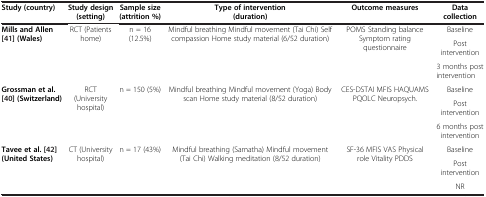
| Study (country) | Study design (setting) | Sample size (attrition %) | Type of intervention (duration) | Outcome measures | Data collection |
 | --- | --- | --- | --- | --- | --- |
 | <ROWSPAN=3> Mills and Allen [41] (Wales) | <ROWSPAN=3> RCT (Patients home) | <ROWSPAN=3> n = 16 (12.5%) | <ROWSPAN=3> Mindful breathing Mindful movement (Tai Chi) Self compassion Home study material (6/52 duration) | <ROWSPAN=3> POMS Standing balance Symptom rating questionnaire | Baseline |
 | Post intervention |
 | 3 months post intervention |
 | <ROWSPAN=3> Grossman et al. [40] (Switzerland) | <ROWSPAN=3> RCT (University hospital) | <ROWSPAN=3> n = 150 (5%) | <ROWSPAN=3> Mindful breathing Mindful movement (Yoga) Body scan Home study material (8/52 duration) | <ROWSPAN=3> CES-DSTAI MFIS HAQUAMS PQOLC Neuropsych. | Baseline |
 | Post intervention |
 | 6 months post intervention |
 | <ROWSPAN=3> Tavee et al. [42] (United States) | <ROWSPAN=3> CT (University hospital) | <ROWSPAN=3> n = 17 (43%) | <ROWSPAN=3> Mindful breathing (Samatha) Mindful movement (Tai Chi) Walking meditation (8/52 duration) | <ROWSPAN=3> SF-36 MFIS VAS Physical role Vitality PDDS | Baseline |
 | Post intervention |
 | NR |